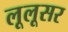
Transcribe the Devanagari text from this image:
लूलूसर